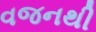
વજનથી